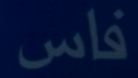
فاس